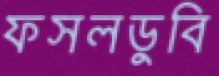
ফসলডুবি